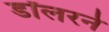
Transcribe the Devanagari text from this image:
डॉलरने